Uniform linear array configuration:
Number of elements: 64
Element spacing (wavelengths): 1
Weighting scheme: kaiser
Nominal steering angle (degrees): -15
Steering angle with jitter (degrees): -13.49
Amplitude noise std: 0.05
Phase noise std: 0.05

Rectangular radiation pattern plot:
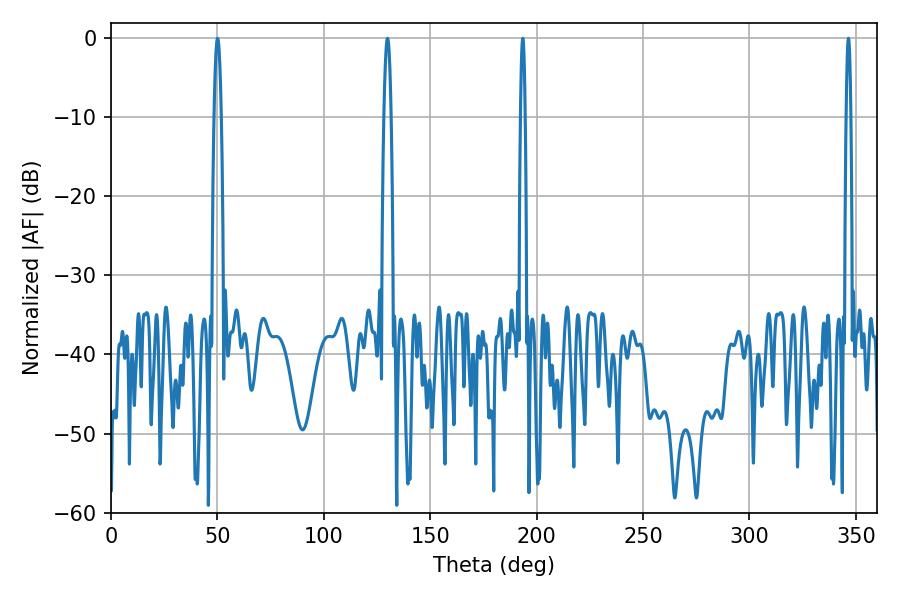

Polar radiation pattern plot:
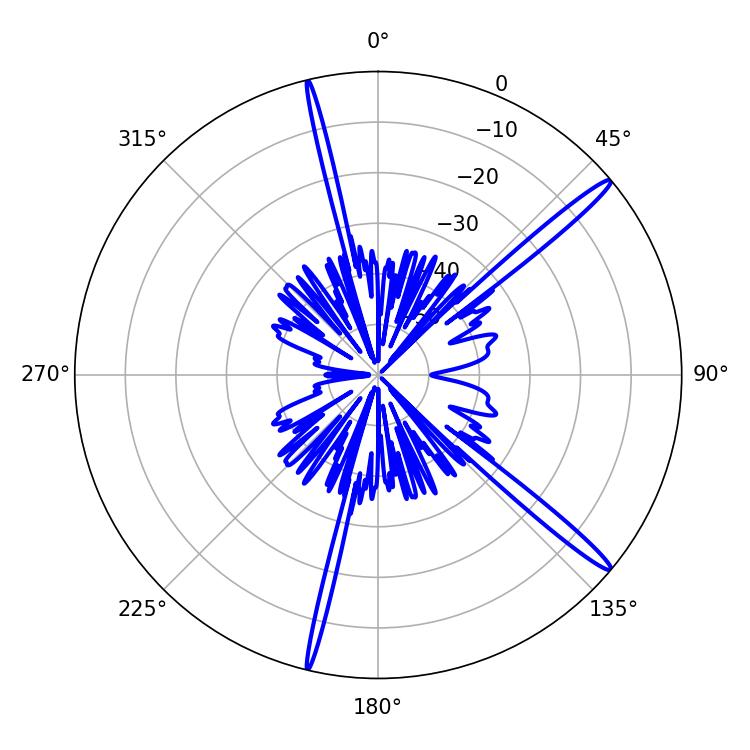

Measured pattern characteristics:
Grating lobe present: TRUE
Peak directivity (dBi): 16.562
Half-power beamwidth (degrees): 1.08
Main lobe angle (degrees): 346.5